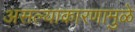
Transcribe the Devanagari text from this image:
असल्याकारणामुळे